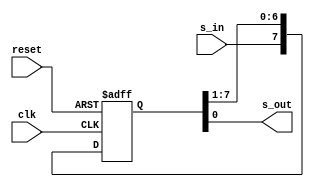
//Listing 4.7
//Chapter 4
//Page 91
//Copyright 2008

module free_run_shift_reg
    #(
      parameter N = 8
     )
    (
     input wire clk, reset,
     input wire s_in,
     output wire s_out
    );
    
    // signal declaration
    reg [N-1:0] r_reg;
    wire [N-1:0] r_next;
    
    // body
    // register
    always @(posedge clk, posedge reset)
        if (reset)
            r_reg <= 0;
        else
            r_reg <= r_next;
    // next-state logic
    assign r_next = {s_in, r_reg[N-1:1]};
    // output logic
    assign s_out = r_reg[0];
    
endmodule // free_run_shift_reg